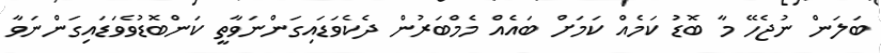
ބަލަން ނުޖެހޭ މާ ބޮޑު ކަމެއް ކަމަށް ބައެއް މެމްބަރުން ދެކެވަޑައިގަންނަވާތީ ކަންބޮޑުވެވަޑައިގަންނަވާ